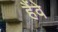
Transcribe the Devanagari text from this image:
हैंवे